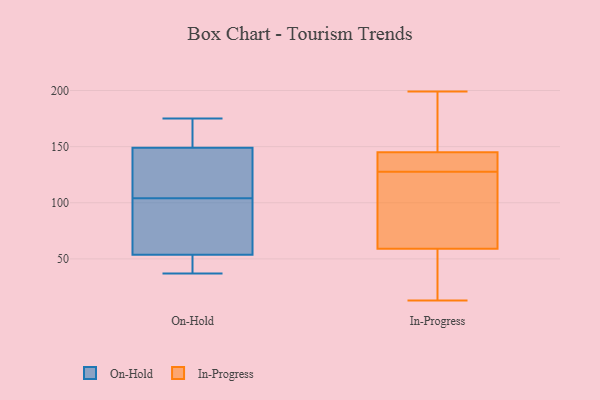
{"axis": {"x": "Operating Costs (USD K)", "y": "Value"}, "legend": ["In-Progress", "On-Hold"], "data": [{"x": "", "y": 175, "type": "On-Hold"}, {"x": "", "y": 150, "type": "On-Hold"}, {"x": "", "y": 84, "type": "On-Hold"}, {"x": "", "y": 170, "type": "On-Hold"}, {"x": "", "y": 146, "type": "On-Hold"}, {"x": "", "y": 50, "type": "On-Hold"}, {"x": "", "y": 37, "type": "On-Hold"}, {"x": "", "y": 109, "type": "On-Hold"}, {"x": "", "y": 65, "type": "On-Hold"}, {"x": "", "y": 46, "type": "On-Hold"}, {"x": "", "y": 104, "type": "On-Hold"}, {"x": "", "y": 133, "type": "In-Progress"}, {"x": "", "y": 199, "type": "In-Progress"}, {"x": "", "y": 59, "type": "In-Progress"}, {"x": "", "y": 124, "type": "In-Progress"}, {"x": "", "y": 145, "type": "In-Progress"}, {"x": "", "y": 13, "type": "In-Progress"}, {"x": "", "y": 131, "type": "In-Progress"}, {"x": "", "y": 47, "type": "In-Progress"}, {"x": "", "y": 132, "type": "In-Progress"}, {"x": "", "y": 76, "type": "In-Progress"}, {"x": "", "y": 194, "type": "In-Progress"}, {"x": "", "y": 115, "type": "In-Progress"}, {"x": "", "y": 23, "type": "In-Progress"}, {"x": "", "y": 170, "type": "In-Progress"}]}